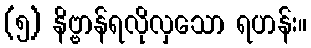
(၅) နိဗ္ဗာန်ရလိုလှသော ရဟန်း။